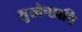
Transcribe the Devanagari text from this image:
सुखेच्छापि